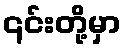
၎င်းတို့မှာ